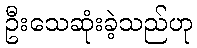
ဦးသေဆုံးခဲ့သည်ဟု